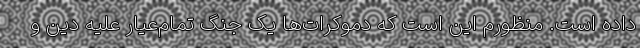
داده است. منظورم این است که دموکرات‌ها یک جنگ تمام‌عیار علیه دین و